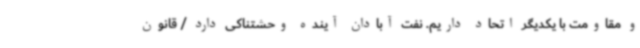
و مقاومت با یکدیگر اتحاد داریم. نفت آبادان آینده وحشتناکی دارد / قانون